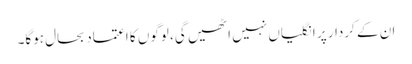
ان کے کردار پر انگلیاں نہیں اٹھیں گی، لوگوں کا اعتماد بحال ہوگا۔